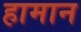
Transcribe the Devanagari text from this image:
हामान